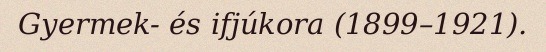
Gyermek- és ifjúkora (1899–1921).